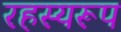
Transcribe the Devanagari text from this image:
रहस्यरूप